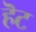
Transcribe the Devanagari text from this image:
हॆट